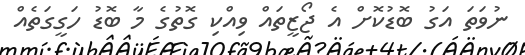
ނުވަތަ އަގު ބޮޑުކޮށް އެ ޖޯޒީތައް ވިއްކި ގޮތުގެ މާ ބޮޑު ހަގީގަތެއް